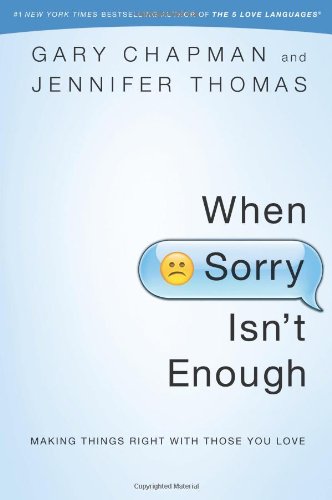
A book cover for When Sorry Isn't Enough: Making Things Right with Those You Love; Gary D Chapman; Self-Help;